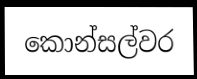
කොන්සල්වර